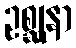
ဥစ္ဆုနာ